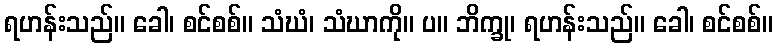
ရဟန်းသည်။ ခေါ၊ စင်စစ်။ သံဃံ၊ သံဃာကို။ ပ။ ဘိက္ခု၊ ရဟန်းသည်။ ခေါ၊ စင်စစ်။